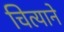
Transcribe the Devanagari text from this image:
चित्याने